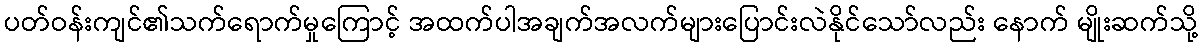
ပတ်ဝန်းကျင်၏သက်ရောက်မှုကြောင့် အထက်ပါအချက်အလက်များပြောင်းလဲနိုင်သော်လည်း နောက် မျိုးဆက်သို့